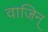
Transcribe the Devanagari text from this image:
वाजिन्